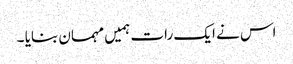
اس نے ایک رات ہمیں مہمان بنایا ۔